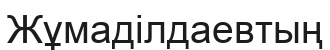
Жұмаділдаевтың